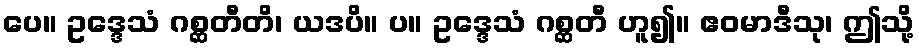
ပေ။ ဥဒ္ဒေသံ ဂစ္ဆတီတိ၊ ယဒပိ။ ပ။ ဥဒ္ဒေသံ ဂစ္ဆတီ ဟူ၍။ ဧဝမာဒီသု၊ ဤသို့